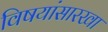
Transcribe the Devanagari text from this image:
विषयांसारखा